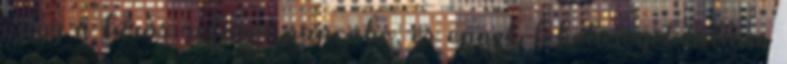
vagy a túrós reform pancake, és ennek lehetőségét láttam